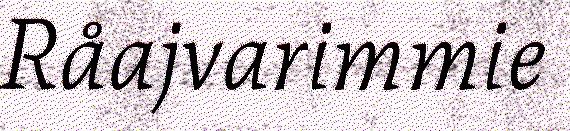
Råajvarimmie